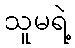
သူမရဲ့